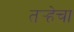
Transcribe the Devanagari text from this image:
तर्‍हेचा